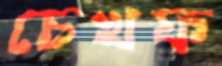
চেখফ